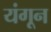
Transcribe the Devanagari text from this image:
यंगून